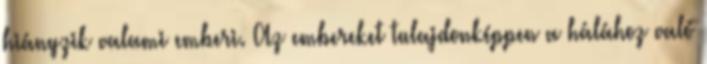
hiányzik valami emberi. Az embereket tulajdonképpen a hálához való